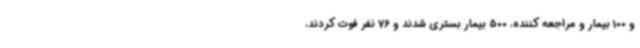
و 100 بیمار و مراجعه کننده، 500 بیمار بستری شدند و 76 نفر فوت کردند،